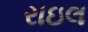
રાઇલ